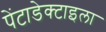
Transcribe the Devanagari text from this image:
पेंटाडेक्टाइला